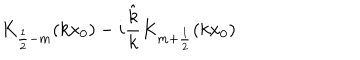
K _ { \frac 1 2 - m } ( k x _ { 0 } ) - i \frac { \hat { k } } { k } K _ { m + \frac 1 2 } ( k x _ { 0 } )